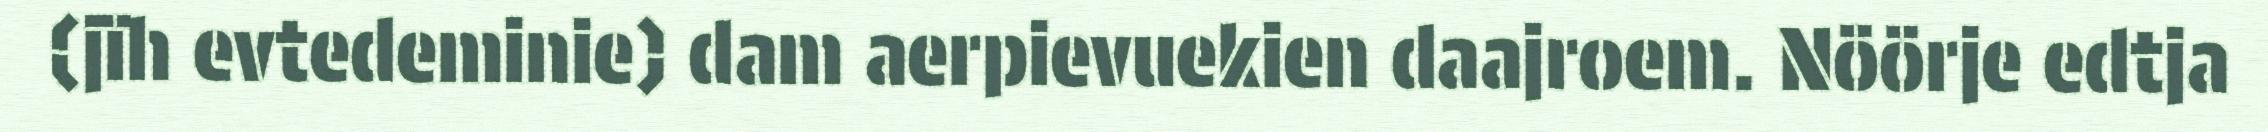
(jïh evtedeminie) dam aerpievuekien daajroem. Nöörje edtja